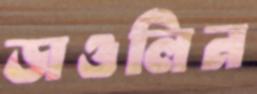
ডাওলিন